Civil Veterinary Department. Madras. Admin. report 1926-33 - 1926-1933
Year: 1926
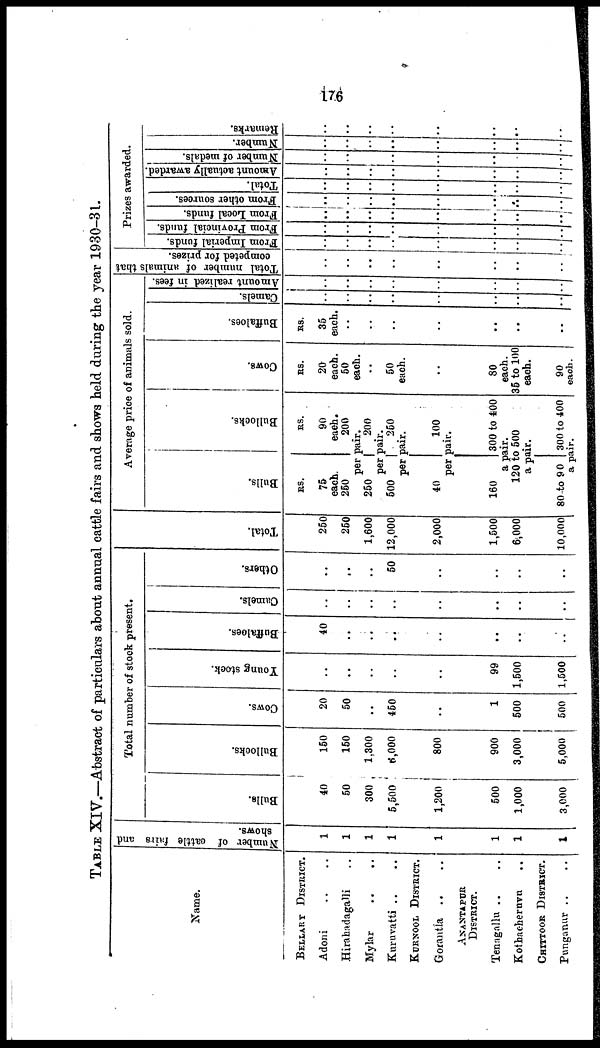
176
TABLE XIV.—Abstract of particulars about annual cattle fairs and shows held during the year 1930-31.
Name.
BELLARY DISTRICT.
Adoni .. ..
Hirahadagalli ..
Mylar .. ..
Kuruvatti .. ..
KURNOOL DISTRICT.
Gorantia .. ..
ANANTAPUR
DISTRICT.
Tenagallu .. ..
Kothacheuvn ..
CHITTOOR DISTRICT.
Punganur .. ..
Number of cattle fairs and
shows.
1
1
1
1
1
1
1
1
Total number of stock present.
Bulls.
40
50
300
5,500
1,200
500
1,000
3,000
Bullocks.
150
150
1,300
6,000
800
900
3,000
5,000
Cows.
20
50
..
450
..
1
500
500
Young stock.
..
..
..
..
..
99
1,500
1,500
Buffaloes.
40
..
..
..
..
..
..
..
Camels.
..
.
..
..
..
..
..
..
Others.
..
..
..
50
..
..
..
..
Tot al .
250
250
1,600
12,000
2,000
1,500
6,000
10,000
Average price of animals sold.
Bulls.
RS.
75
each.
250
Bullocks.
RS.
90
each.
200
per pair.
250
200
per pair.
500
250
per pair.
40
100
per pair.
160
300 to 400
a pair.
120 to 500
a pair.
80 to 9 0 300 to 400
a pair.
Cows.
RS.
20
each.
50
each.
..
50
each.
..
80
each.
35 to 100
each.
90
each.
Buffaloes.
RS.
35
each.
..
..
..
..
..
..
..
Camels.
..
..
..
..
..
..
..
..
Amount realized in fees. |
..
..
..
..
..
..
..
..
Total number of animals that
competed for prizes.
..
..
..
..
..
..
..
|
..
Prizes awarded.
From Imperial funds.
..
..
..
..
..
..
..
..
From Provincial funds.
..
..
..
..
..
..
..
..
From Local funds.
..
..
..
..
..
..
..
..
From other sources.
..
..
..
..
..
..
..
..
Total.
..
..
..
..
..
..
..
..
Amount actually awarded.
..
..
..
..
..
..
..
..
Number of medals.
..
..
..
..
..
..
..
..
Number.
..
..
..
..
..
..
..
..
Remarks.
..
..
..
..
..
..
..
..